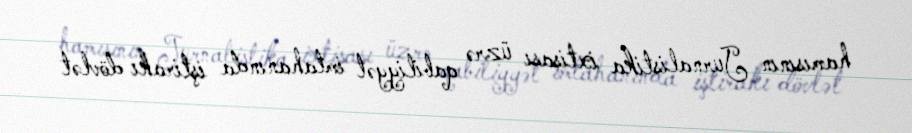
hamısının Jurnalistika ixtisası üzrə qabiliyyət imtahanında iştirakı dövlət